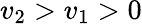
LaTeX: v_{2}>v_{1}>0